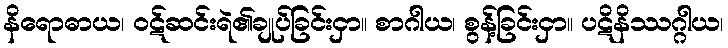
နိရောဓာယ၊ ဝဋ်ဆင်းရဲ၏ချုပ်ခြင်းငှာ။ စာဂါယ၊ စွန့်ခြင်းငှာ။ ပဋိနိဿဂ္ဂါယ၊